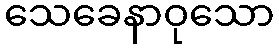
သေခေနာဝုသော